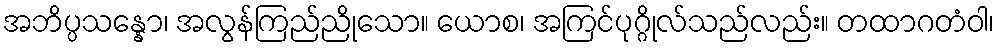
အဘိပ္ပသန္နော၊ အလွန်ကြည်ညိုသော။ ယောစ၊ အကြင်ပုဂ္ဂိုလ်သည်လည်း။ တထာဂတံဝါ၊